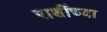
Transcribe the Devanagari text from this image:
राशींच्या